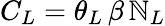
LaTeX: {{C}_{L}}={{\theta}_{L}}\, \beta\, {{\mathbb{N}}_{L}}